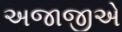
અજાજીએ